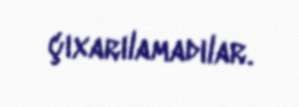
çıxarılamadılar.